Trukikaitis_Postimees, lk 132
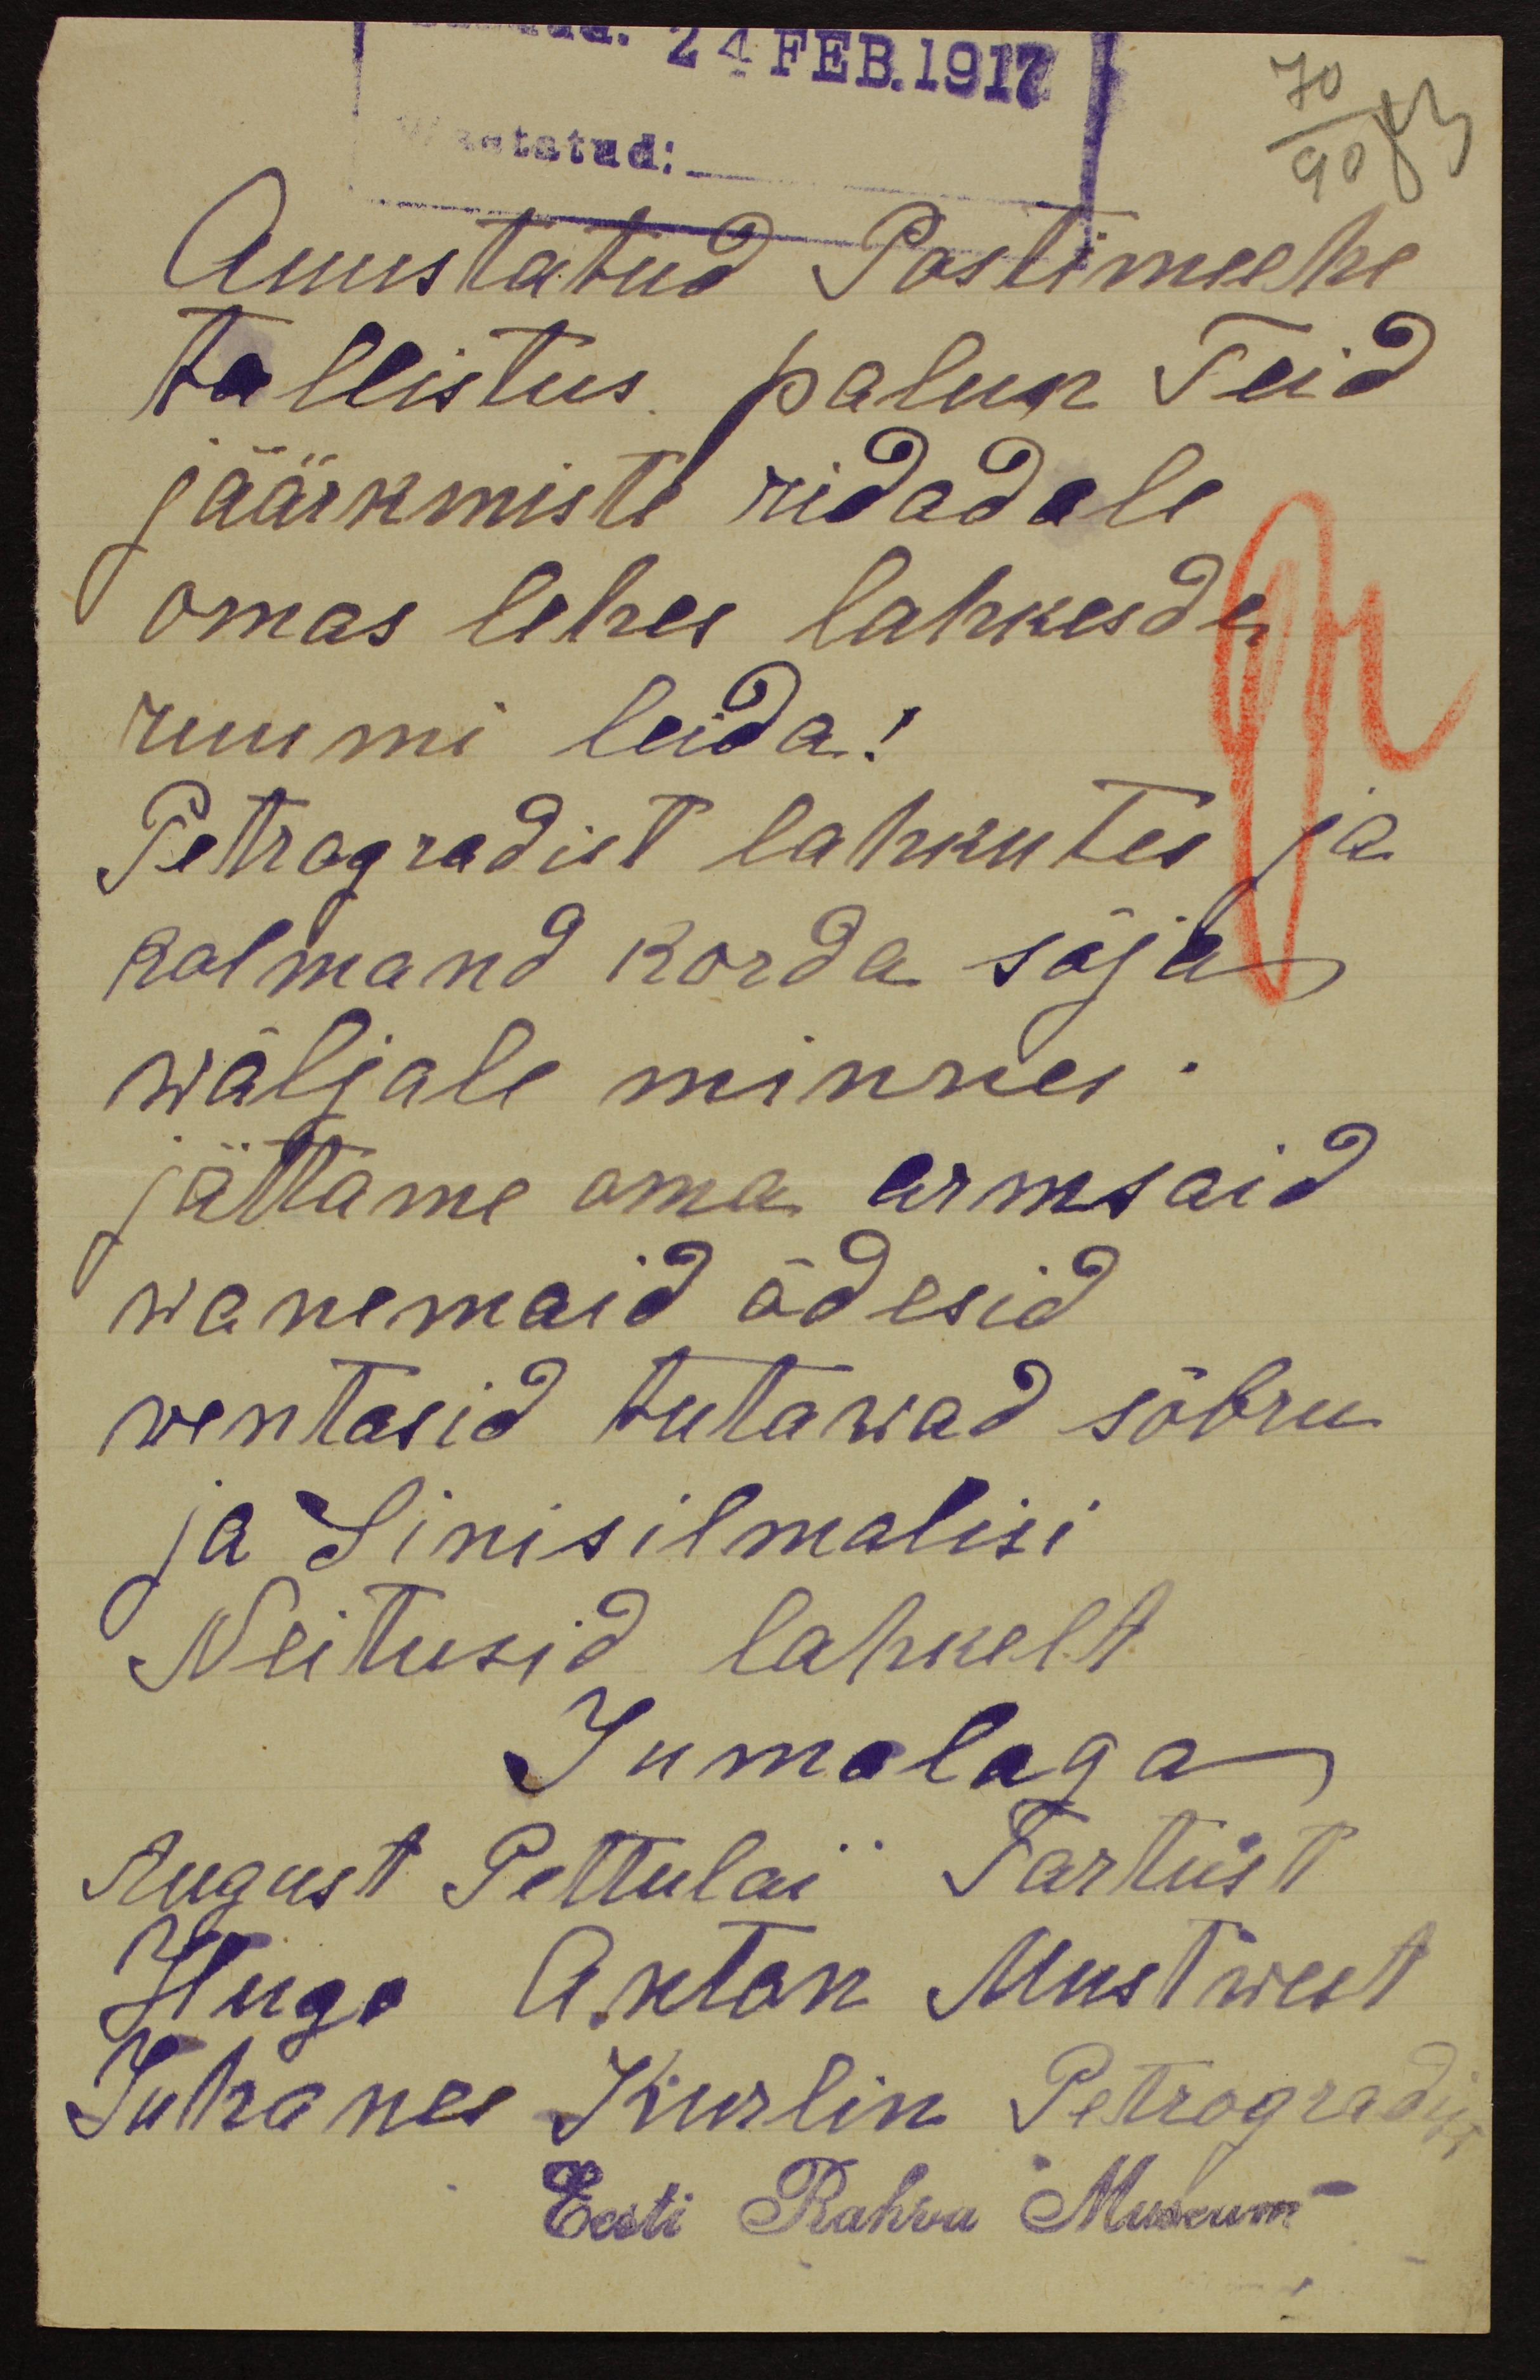
24 FEB.1917
70
90 83
Auustatud Postimehe
tallistus, palun Teid
jäärkmiste ridadele
omas lehe lahkesde
ruumi leida!
Petrogradist lahkutes ja
kolmand korda sõja
wäljale minnes.
jättame oma armsaid
wanemaid õdesid
wentasid tutawad sõbru
ja Sinisilmalisi
Neitusid lahkelt
Jumalaga
August Pettulai Tartust
Hugo Anton Mustwest
Juhanes Kurlin Petrogradist
Eesti Rahva Museum